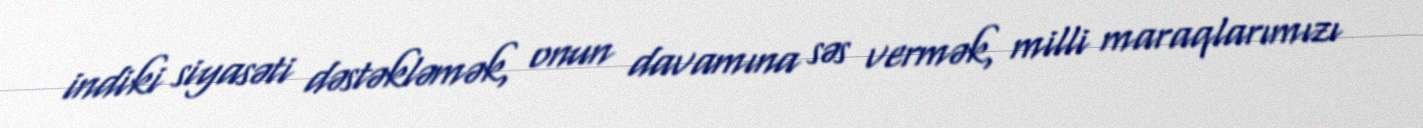
indiki siyasəti dəstəkləmək, onun davamına səs vermək, milli maraqlarımızı